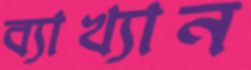
ব্যাখ্যান